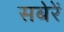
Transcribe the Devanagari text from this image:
सबेरें